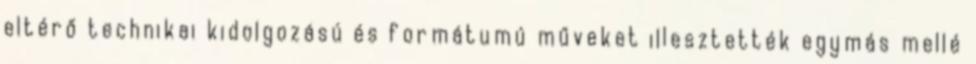
eltérő technikai kidolgozású és formátumú műveket illesztették egymás mellé